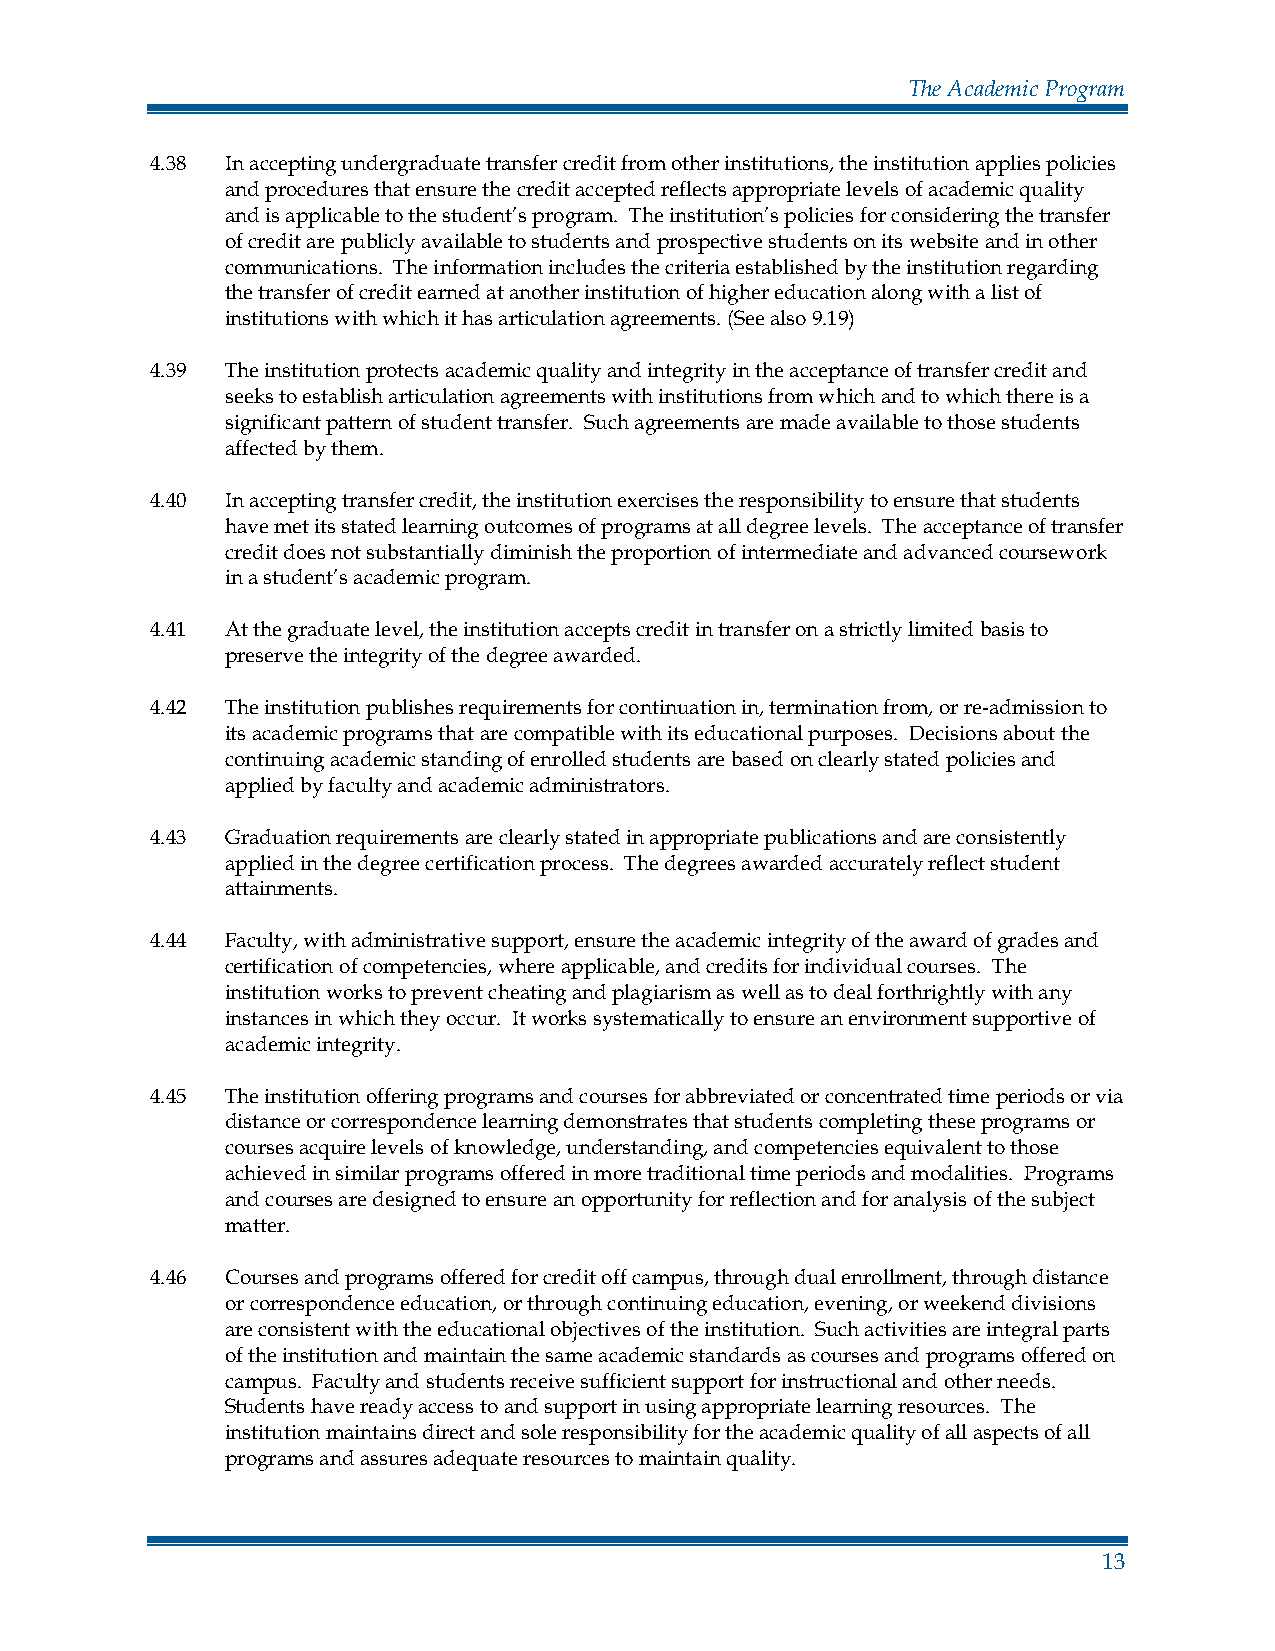
The Academic Program
 4.38 In accepting undergraduate transfer credit from other institutions, the institution applies policies
 and procedures that ensure the credit accepted reflects appropriate levels of academic quality
 and is applicable to the student’s program. The institution’s policies for considering the transfer
 of credit are publicly available to students and prospective students on its website and in other
 communications. The information includes the criteria established by the institution regarding
 the transfer of credit earned at another institution of higher education along with a list of
 institutions with which it has articulation agreements. (See also 9.19)
 4.39 The institution protects academic quality and integrity in the acceptance of transfer credit and
 seeks to establish articulation agreements with institutions from which and to which there is a
 significant pattern of student transfer. Such agreements are made available to those students
 affected by them.
 4.40 In accepting transfer credit, the institution exercises the responsibility to ensure that students
 have met its stated learning outcomes of programs at all degree levels. The acceptance of transfer
 credit does not substantially diminish the proportion of intermediate and advanced coursework
 in a student’s academic program.
 4.41 At the graduate level, the institution accepts credit in transfer on a strictly limited basis to
 preserve the integrity of the degree awarded.
 4.42 The institution publishes requirements for continuation in, termination from, or re-admission to
 its academic programs that are compatible with its educational purposes. Decisions about the
 continuing academic standing of enrolled students are based on clearly stated policies and
 applied by faculty and academic administrators.
 4.43 Graduation requirements are clearly stated in appropriate publications and are consistently
 applied in the degree certification process. The degrees awarded accurately reflect student
 attainments.
 4.44 Faculty, with administrative support, ensure the academic integrity of the award of grades and
 certification of competencies, where applicable, and credits for individual courses. The
 institution works to prevent cheating and plagiarism as well as to deal forthrightly with any
 instances in which they occur. It works systematically to ensure an environment supportive of
 academic integrity.
 4.45 The institution offering programs and courses for abbreviated or concentrated time periods or via
 distance or correspondence learning demonstrates that students completing these programs or
 courses acquire levels of knowledge, understanding, and competencies equivalent to those
 achieved in similar programs offered in more traditional time periods and modalities. Programs
 and courses are designed to ensure an opportunity for reflection and for analysis of the subject
 matter.
 4.46 Courses and programs offered for credit off campus, through dual enrollment, through distance
 or correspondence education, or through continuing education, evening, or weekend divisions
 are consistent with the educational objectives of the institution. Such activities are integral parts
 of the institution and maintain the same academic standards as courses and programs offered on
 campus. Faculty and students receive sufficient support for instructional and other needs.
 Students have ready access to and support in using appropriate learning resources. The
 institution maintains direct and sole responsibility for the academic quality of all aspects of all
 programs and assures adequate resources to maintain quality.
 13